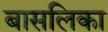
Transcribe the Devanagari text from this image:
बासलिका